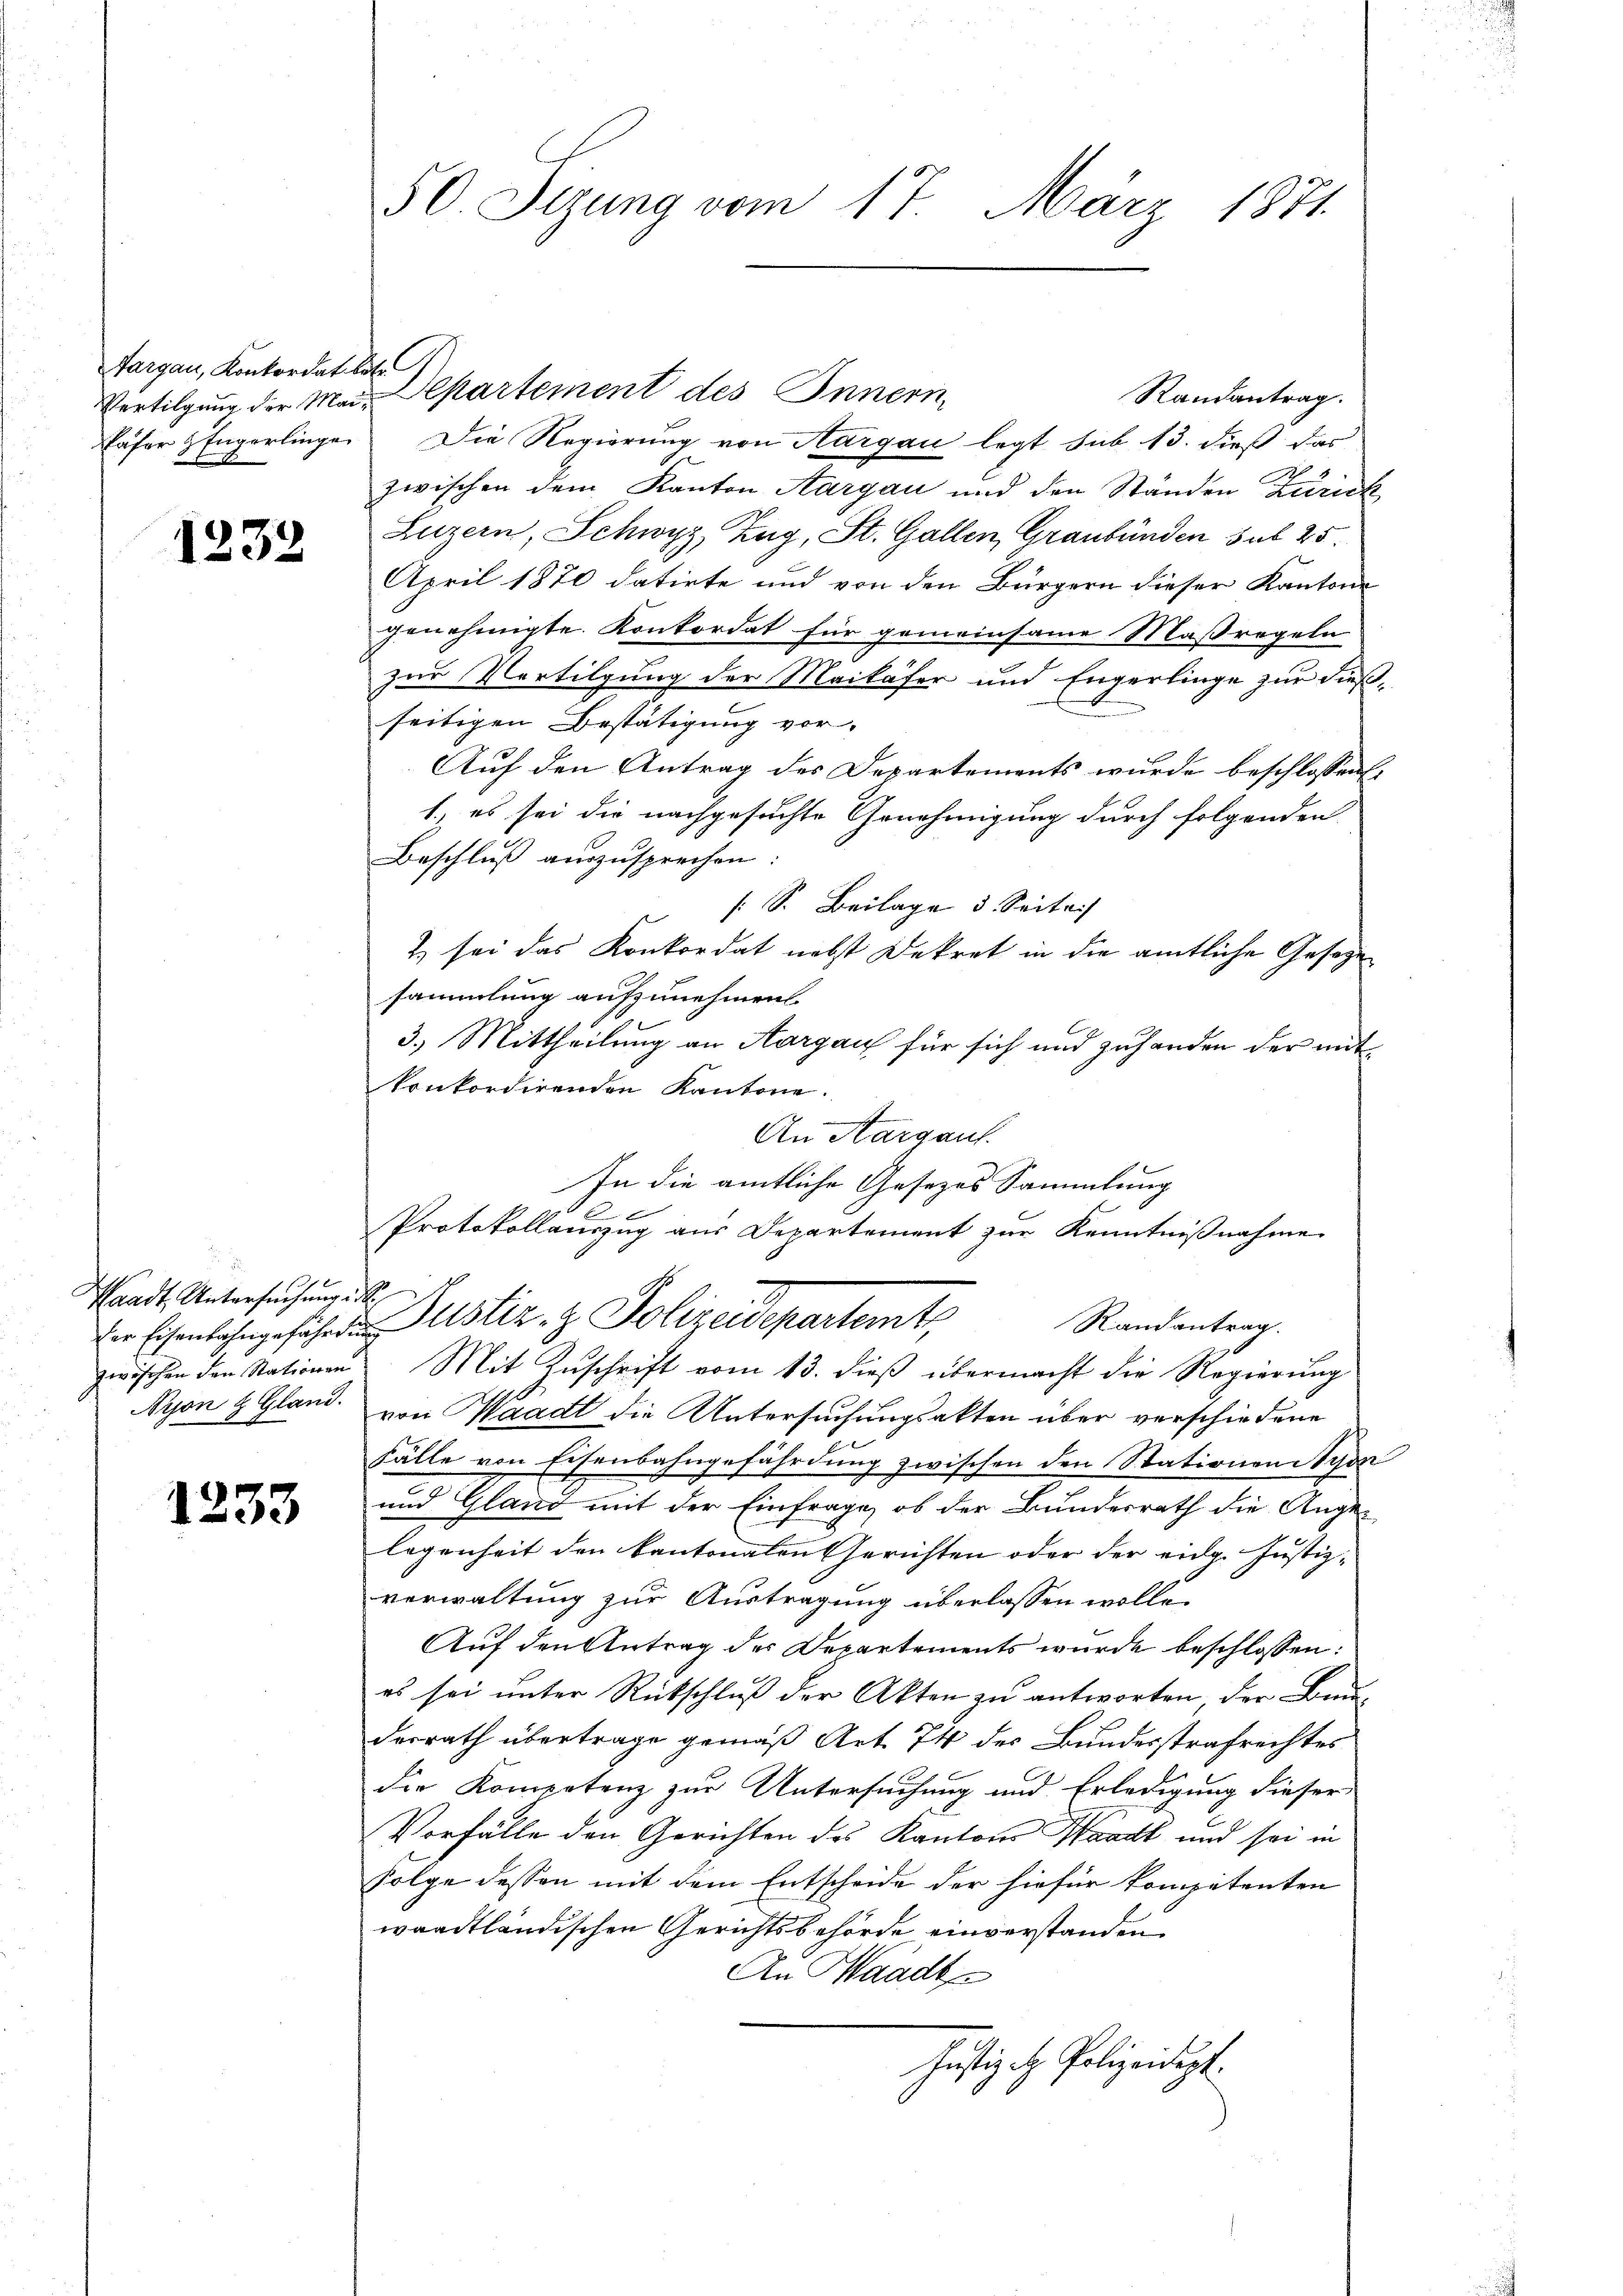
Fargau, Konkordatirte
Vertilgung der Maiafer Engerlinge

1232

Waadt Untersuchung d
zwischen den Stationen
Nyon & Gland.

1233

50 Sizung vom 17. März 1871.

Die Regierung von Aargau legt sub 13. dieß das
zwischen dem Kanton Aargau und den Standen Zürich
Luzern, Schwyz, Zug, St. Gallen, Graubünden sub 25.
April 1870 datirte und von den Bürgern dieser Kantone
genehmigte Konkordat für gemeinsame Maßregeln
zur Vertilgung der Maikäfer und Engerlinge zur dießseitigen Bestätigung vor-
Auf den Antrag des Departements wurde beschlossen:
1.) es sei die nachgesuchte Genehmigung durch folgenden
Beschluß auszusprechen:
[S. Beilage 5. Seita
& sei das Konkordat nebst Dekret in die amtliche Gesetze
sammlung aufzunehmen
3.) Mittheilung an Aargau für sich und zuhanden der mit
konkordirenden Kantone.
e
An Kargau.
In die amtliche Gesezes Sammlung
.
Protokollauszug aus Departement zur Kenntnißnahme
u
Randantrag.
der Eisenbahngefahrten Justiz- & Polizeidepartemt
Mit Zuschrift vom 13. dieß übermacht die Regierung
von Waadt die Untersuchungsakten über verschiedene
Fälle von Eisenbahngefährdung zwischen den Stationen Nyon
und Gland mit der Einfrage, ob der Bundesrath die Angelegenheit den kantonalen Gerichten oder der eidg. Justiz-
verwaltung zur Austragung überlassen wolle.
Auf den Antrag der Departements wurde beschlossen:
es sei unter Rückschluß der Akten zu antworten der Bruderrath übertrage gemäß Art. 74 des Bundesstrafrechtes
die Kompetenz zur Untersuchung und Erledigung dieser
Vorfälle den Gerichten des Kantons Waadt und sei in
Folge dessen mit dem Entscheide der hiefür kompetenten
waadtländischen Gerichtsbehörde einverstanden
An Waadt
Justiz- H. Polizeidept.

Departement des Innern,

Randantrag.